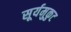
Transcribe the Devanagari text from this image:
सूर्यमुकुट